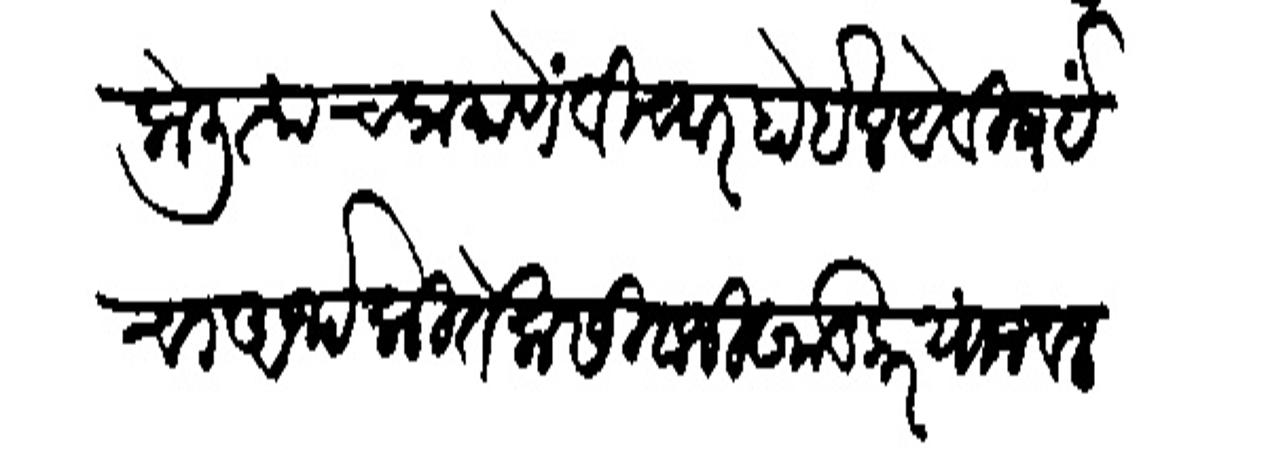
Transliteration (Devanagari): केली त्याचप्रमाणें विचार होईल येविषईचा अर्थ कितेक सिवाजी खाडेकर यांजवल